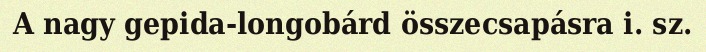
A nagy gepida-longobárd összecsapásra i. sz.